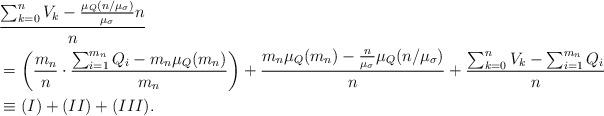
LaTeX: \begin{align*}& \frac{\sum_{k=0}^n V_k - \frac{\mu_Q(n/\mu_{\sigma})}{\mu_{\sigma}} n}{n} \\~~& = \left( \frac{m_n}{n} \cdot \frac{\sum_{i=1}^{m_n} Q_i - m_n \mu_Q(m_n)}{m_n} \right)+ \frac{m_n \mu_Q(m_n) - \frac{n}{\mu_{\sigma}} \mu_Q(n/\mu_{\sigma})}{n}+ \frac{\sum_{k=0}^n V_k - \sum_{i=1}^{m_n} Q_i }{n} \\~~ & \equiv (I) + (II) + (III).\end{align*}